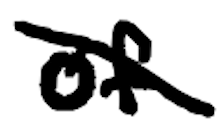
Text: of
Cross-out: diagonal
Writing tool: digital_black